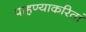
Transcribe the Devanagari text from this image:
पाहण्याकरितां